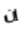
إن